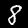
Label: 8